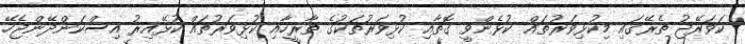
ކަވަރޭޖު ތެރޭގައި މިކުޅިވަރުތައް ކުޅެންވީ ގޮތާއި ކުޅިވަރުތަކުގެ ތާރީހާއި ކުޅިވަރުތައް ކުޅޭއިރު އިސްކަންދޭންޖެހޭ